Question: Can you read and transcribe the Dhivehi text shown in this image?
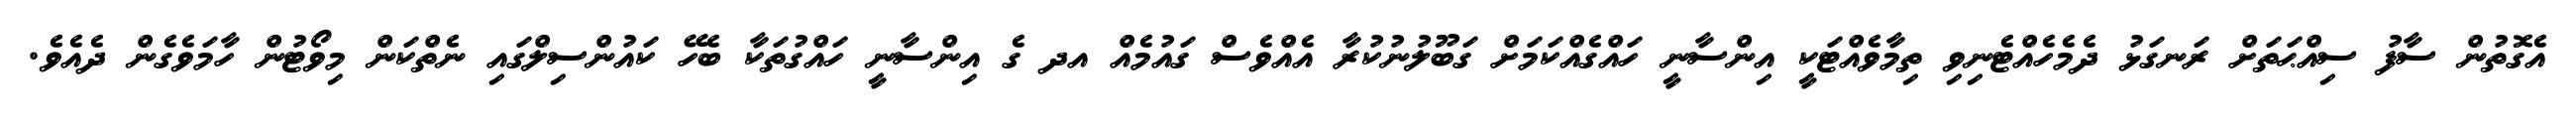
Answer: އެގޮތުން ސާފު ސިއްޙަތަށް ރަނގަޅު ދެމެހެއްޓެނިވި ތިމާވެއްޓަކީ އިންސާނީ ހައްގެއްކަމަށް ގަބޫލުނުކުރާ އެއްވެސް ގައުމެއް އދ ގެ އިންސާނީ ހައްގުތަކާ ބެހޭ ކައުންސިލްގައި ނެތްކަން މިވޯޓުން ހާމަވެގެން ދެއެވެ.